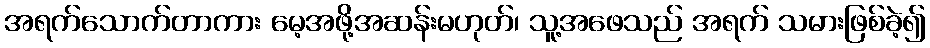
အရက်သောက်တာကား မေ့အဖို့အဆန်းမဟုတ်၊ သူ့အဖေသည် အရက် သမားဖြစ်ခဲ့၍